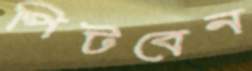
পিটবেন